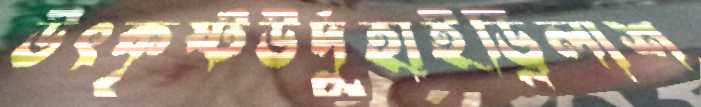
উৎকৃষ্টউর্দুহাইড্রিলাশ